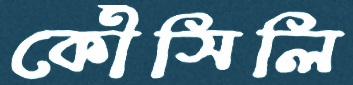
কৌঁসিলি